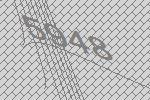
5948